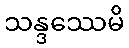
သန္ဒဿေမိ